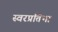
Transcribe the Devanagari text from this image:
स्वरप्रतिभा